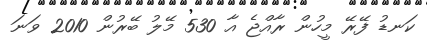
ކަނޑު ފޭރޭ މީހުން ރާއްޖެ އާ 530 މޭލު ބޭރުން 2010 ވަނަ